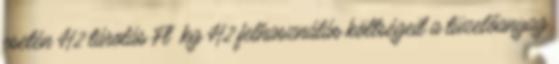
esetén H2 tárolás Ft kg H2 felhasználás költségeit a tüzelőanyag